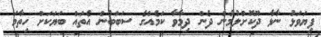
ފިޔަވަޅު ނާޅާ ދޫކޮށްލުމުން ދެން ދިމާވާ ކަމެއްގެ ސަބަބުން އެތައް ބަޔަކަށް ހިތާމަ